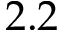
2 . 2